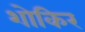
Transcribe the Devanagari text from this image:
शोकिर